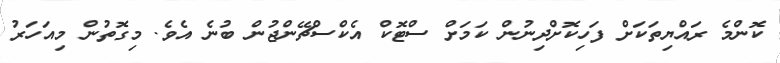
ކޮންމެ ރައްޔިތަކަށް ފަހިކޮށްދިނުން ކަމަށް ސްޓޮކް އެކްސްޗޭންޖުން ބުނެ އެވެ. މިގޮތުން މިއަހަރު